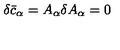
\delta { \bar { c } } _ { \alpha } = A _ { \alpha } \delta A _ { \alpha } = 0